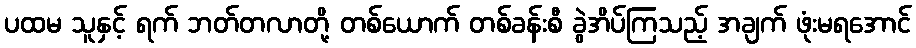
ပထမ သူနှင့် ရက် ဘတ်တလာတို့ တစ်ယောက် တစ်ခန်းစီ ခွဲအိပ်ကြသည့် အချက် ဖုံးမရအောင်